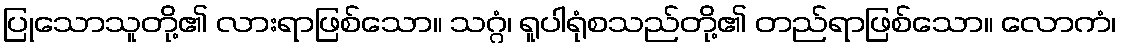
ပြုသောသူတို့၏ လားရာဖြစ်သော။ သဂ္ဂံ၊ ရူပါရုံစသည်တို့၏ တည်ရာဖြစ်သော။ လောကံ၊